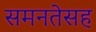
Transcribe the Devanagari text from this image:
समनतेसह